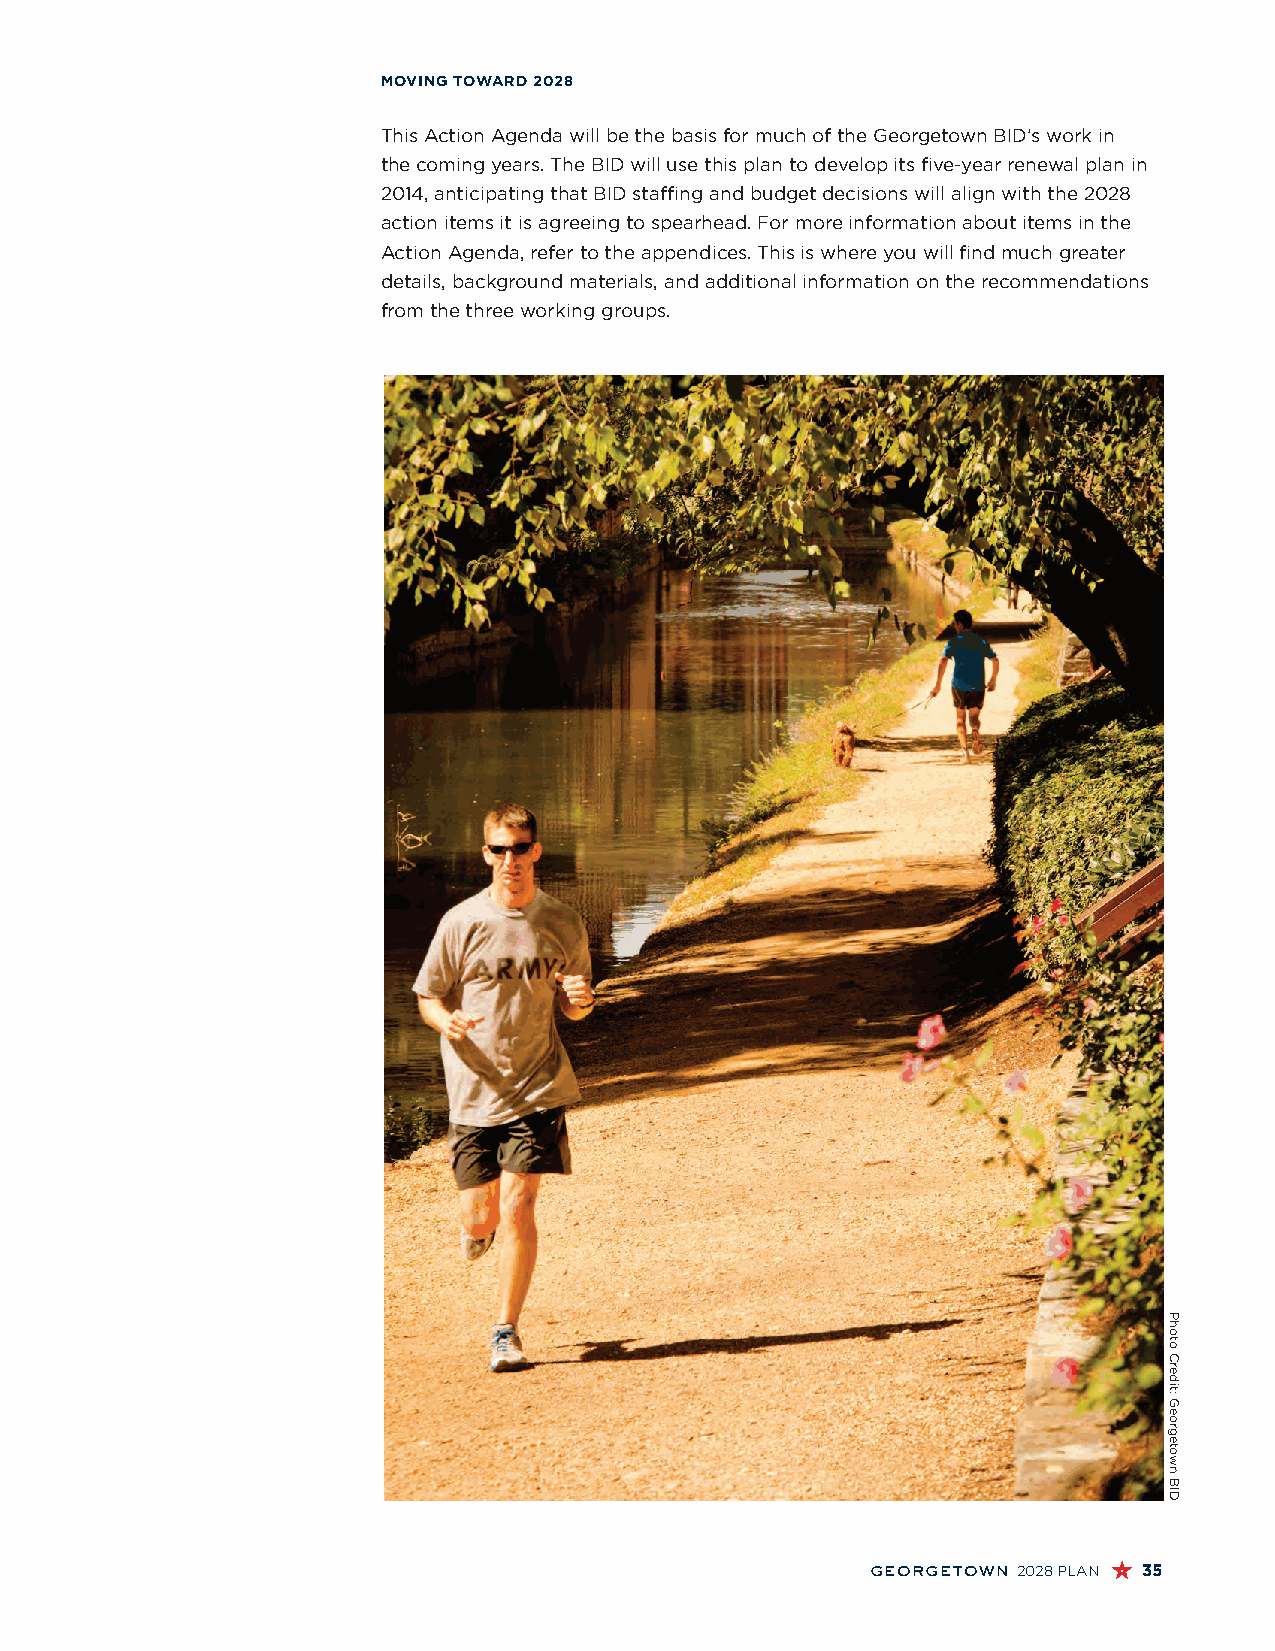
MOVING TOWARD 2028
 This Action Agenda will be the basis for much of the Georgetown BID’s work in
 the coming years. The BID will use this plan to develop its five-year renewal plan in
 2014, anticipating that BID staffing and budget decisions will align with the 2028
 action items it is agreeing to spearhead. For more information about items in the
 Action Agenda, refer to the appendices. This is where you will find much greater
 details, background materials, and additional information on the recommendations
 from the three working groups.
 georgetown 2028 PLAN 35
 Photo
 Credit:
 Georgetown
 BID